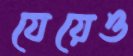
যেয়েও